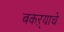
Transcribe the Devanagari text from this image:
बकऱ्याचे